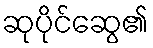
ဆုပိုင်ဆွေ၏